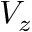
V _ { z }